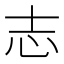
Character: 志